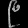
Digit: ၉